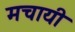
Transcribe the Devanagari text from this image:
मचायी